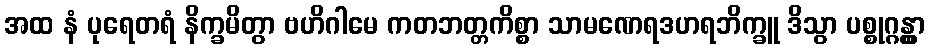
အထ နံ ပုရေတရံ နိက္ခမိတွာ ဗဟိဂါမေ ကတဘတ္တကိစ္စာ သာမဏေရဒဟရဘိက္ခူ ဒိသွာ ပစ္စုဂ္ဂန္တွာ